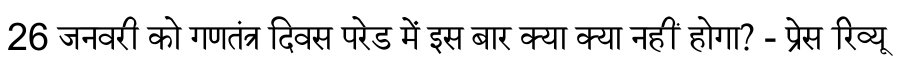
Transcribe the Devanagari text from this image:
26 जनवरी को गणतंत्र दिवस परेड में इस बार क्या क्या नहीं होगा? - प्रेस रिव्यू